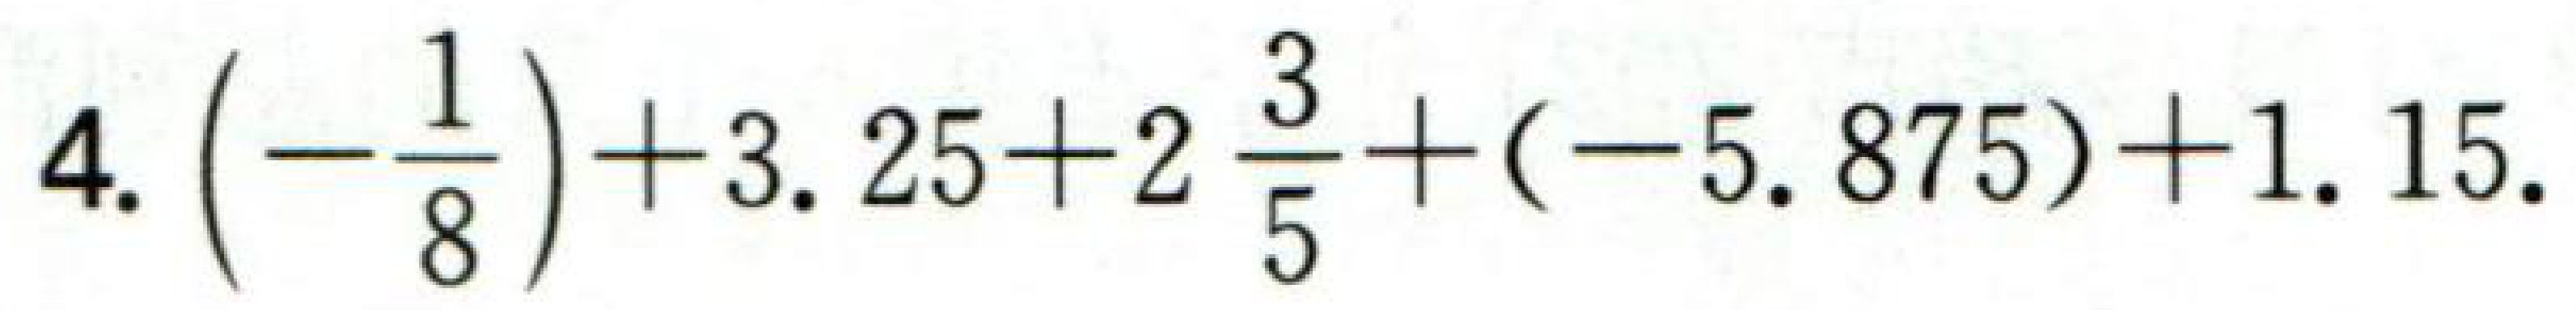
$4.\left(-\dfrac{1}{8}\right)+3.25 + 2\dfrac{3}{5}+(-5.875)+1.15.$